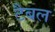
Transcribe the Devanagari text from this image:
टैबल